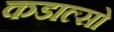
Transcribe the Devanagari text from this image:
कडाल्सो